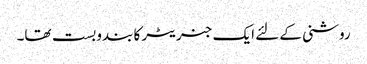
روشنی کے لئے ایک جنریٹر کا بندوبست تھا۔